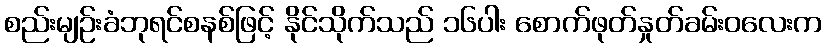
စည်းမျဉ်းခံဘုရင်စနစ်ဖြင့် နိုင်သိုက်သည် ၁၆ပါး စောက်ဖုတ်နှုတ်ခမ်းဝလေးက